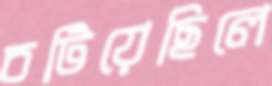
চটিয়েছিলে